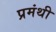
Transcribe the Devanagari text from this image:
प्रमंथी